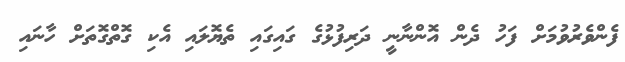
ފެންވެރުވުމަށް ފަހު ދެން އޮންނާނީ ދަރިފުޅުގެ ގައިގައި ތެޔޮލައި އެކި ގޮތްގޮތަށް ހާނައި